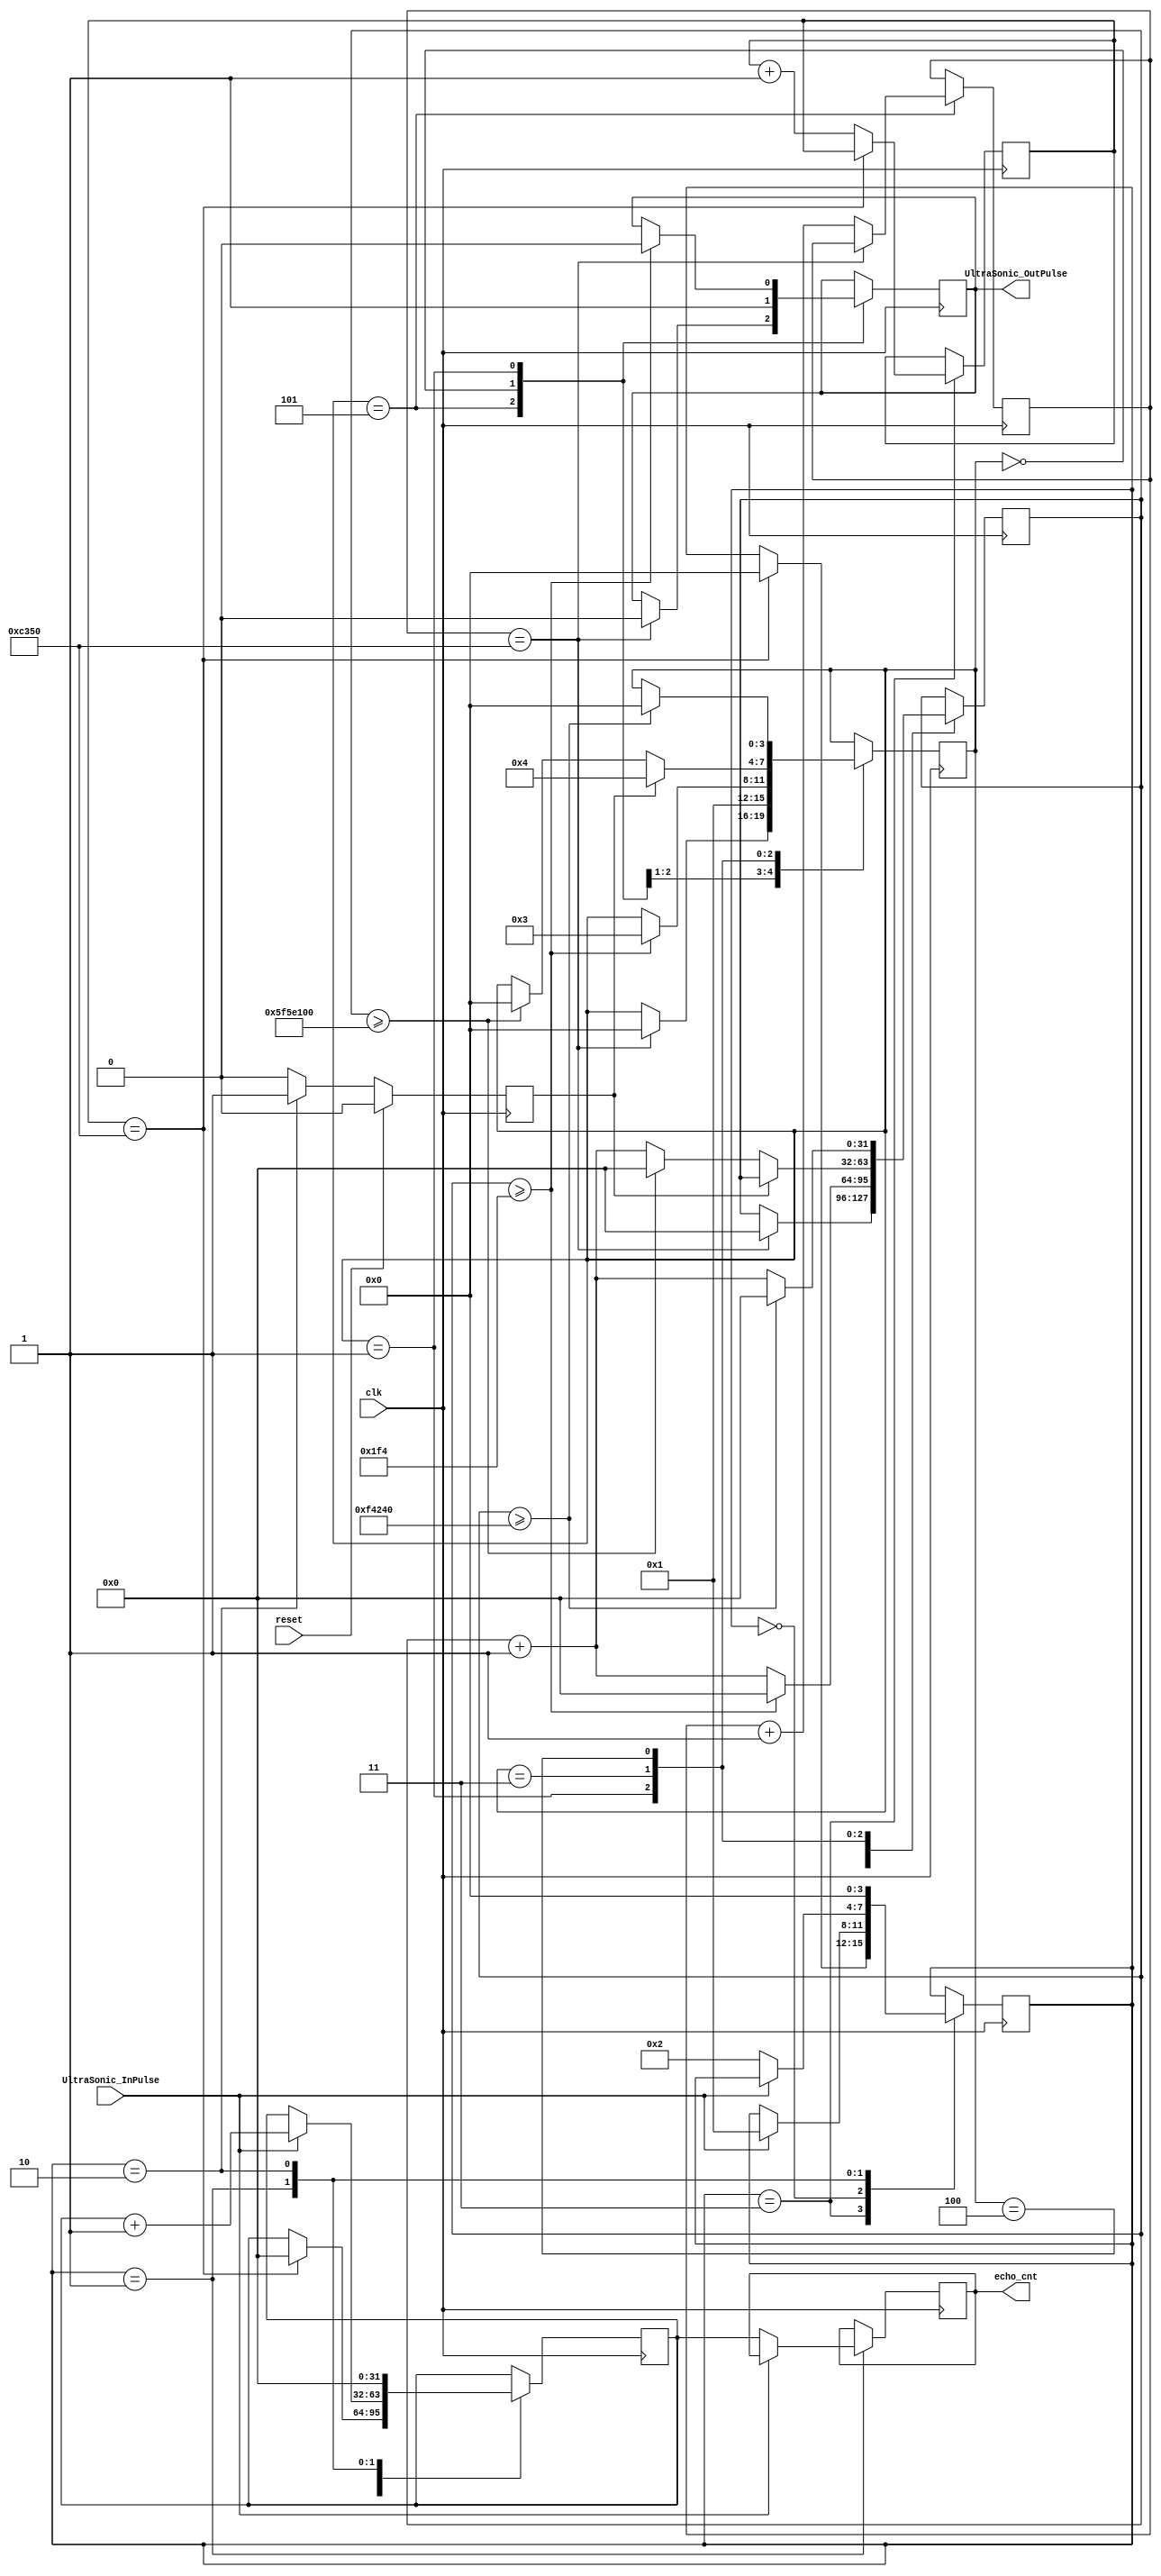
module SR04_Sensor(
	input clk,   
	input reset,	 
	output reg UltraSonic_OutPulse,
	input UltraSonic_InPulse,
	output reg [31:0]echo_cnt
    );

//assign UltraSonic_OutPulse = 1'b1;
reg [3:0]trigger_state = 4'd5;
reg [31:0]trigger_cnt = 0;
reg [31:0]timeout_cnt = 0;
reg [31:0]reset_cnt = 0;
//reg [31:0]echo_cnt = 0;
always@(posedge clk)
begin
		case(trigger_state)
		5:
		begin
			if(reset_cnt == 32'd50000)
			begin
				trigger_state <= 4'd0;
				trigger_cnt <= 32'd0;
				UltraSonic_OutPulse <= 1'b0;
			end
			else reset_cnt <= reset_cnt + 1'b1;
		end
		0:
			begin
			trigger_state <= 4'd1;
			UltraSonic_OutPulse <= 1'b1;
			end 
		1:
			begin
				if(trigger_cnt >= 32'd500)
				begin
					UltraSonic_OutPulse <= 1'b0;
					trigger_cnt <= 32'd0;
					trigger_state <= 4'd3;
				end 
				else trigger_cnt <= trigger_cnt + 1'b1;
			end
//		2:
//		begin
//				if(trigger_cnt >= 32'd5000000)
//				begin
//					trigger_state <= 4'd3;
//					trigger_cnt <= 32'd0;
//				end 
//				else trigger_cnt <= trigger_cnt + 1'b1;
//		end
		3:
		begin
			if(tick_r)
			begin
				trigger_state <= 4'd4;
			end 
			else if(trigger_cnt >= 32'd100000000)
				begin
					trigger_state <= 4'd0;
					trigger_cnt <= 32'd0;
				end 
			else trigger_cnt <= trigger_cnt + 1'b1;
			 
		end 
		4:
		begin
			if(trigger_cnt >= 32'd1000000)
				begin
					trigger_state <= 4'd0;
					trigger_cnt <= 32'd0;
				end 
			else trigger_cnt <= trigger_cnt + 1'b1;
		end 
		endcase 
end

reg [3:0]echo_state = 4'd3;
reg [31:0]echo_trigger_cnt = 0;
reg [31:0]reset2_cnt = 0;
always@(posedge clk)
begin
		case(echo_state)
		3:
		begin
			if(reset2_cnt == 32'd50000)
			begin
				echo_state <= 4'd0;
				echo_trigger_cnt <= 31'd0;
			end
			else reset2_cnt <= reset2_cnt + 1'b1;
		end 
		0:
			begin
				if(UltraSonic_InPulse)
				begin
					echo_state <= 4'd1;
				end 
			end
		1:
		begin
				if(!UltraSonic_InPulse)
			begin
				echo_state <= 4'd2;
				echo_cnt <= echo_trigger_cnt;
			end 
			else echo_trigger_cnt <= echo_trigger_cnt + 1'b1;
		end 
		2:
		begin
			echo_state <= 4'd0;
			echo_trigger_cnt <= 32'd0;
		end 
		endcase 
end	
wire tick;
reg tick_r=0;
assign tick = (echo_state== 4'd2)? 1'b1: 1'b0;
always@(posedge clk)
begin
if(reset)
tick_r <= 1'b0;
else 
tick_r <= tick;
end 

endmodule